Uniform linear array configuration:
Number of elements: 12
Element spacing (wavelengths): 0.75
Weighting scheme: uniform
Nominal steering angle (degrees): -30
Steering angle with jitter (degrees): -31.115
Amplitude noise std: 0.05
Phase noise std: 0.05

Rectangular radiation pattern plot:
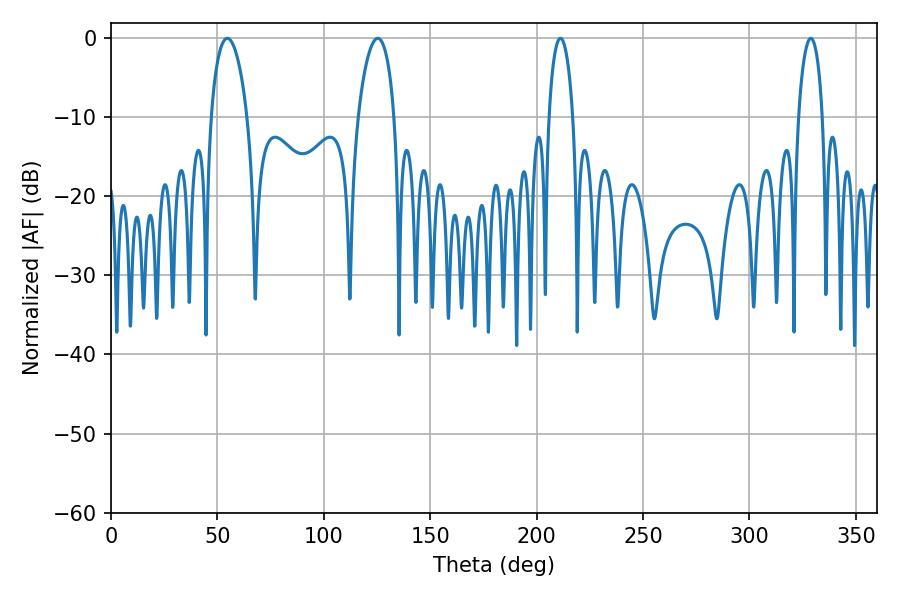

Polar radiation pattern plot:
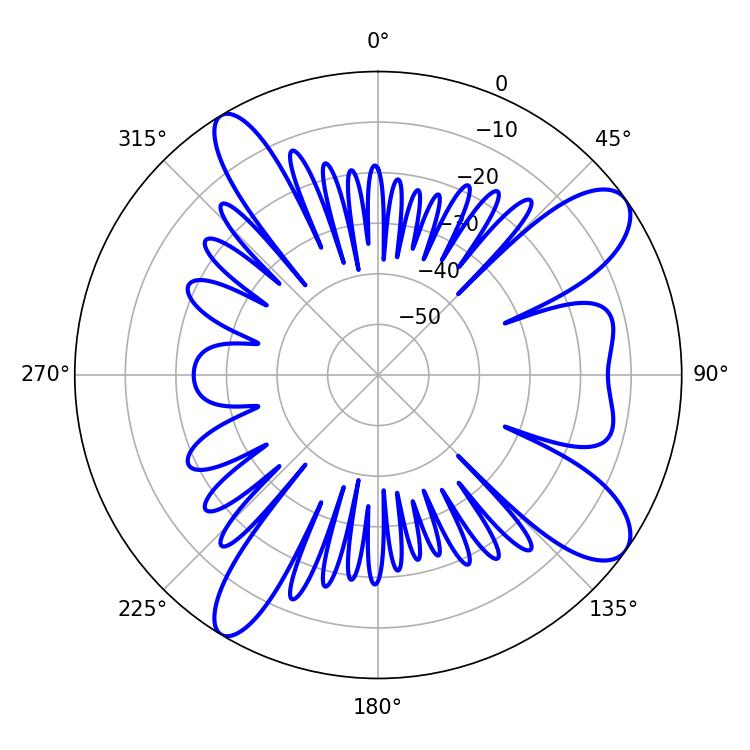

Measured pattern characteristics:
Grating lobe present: TRUE
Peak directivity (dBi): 10.268
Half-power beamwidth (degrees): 6.3
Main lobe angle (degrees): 211.14